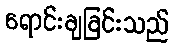
ရောင်းချခြင်းသည်